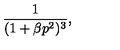
\frac { 1 } { ( 1 + \beta p ^ { 2 } ) ^ { 3 } } ,